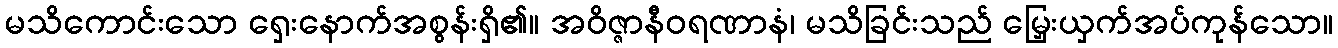
မသိကောင်းသော ရှေးနောက်အစွန်းရှိ၏။ အဝိဇ္ဇာနီဝရဏာနံ၊ မသိခြင်းသည် မြှေးယှက်အပ်ကုန်သော။